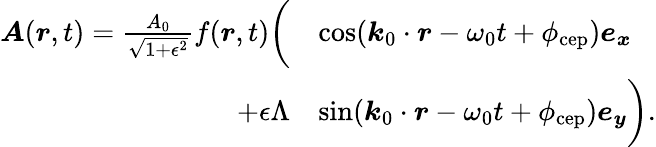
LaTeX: \begin{array}{rl}{\boldsymbol{A}(\boldsymbol{r},t)=\frac{A_{0}}{\sqrt{1+\epsilon^{2}}}f(\boldsymbol{r},t)\biggl(}&{\cos(\boldsymbol{k}_{0}\cdot\boldsymbol{r}-\omega_{0}t+\phi_{\mathrm{cep}})\boldsymbol{e_{x}}}\\ {+\epsilon\Lambda}&{\sin(\boldsymbol{k}_{0}\cdot\boldsymbol{r}-\omega_{0}t+\phi_{\mathrm{cep}})\boldsymbol{e_{y}}\biggr).}\end{array}